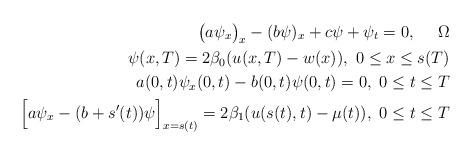
LaTeX: \begin{align*} \big(a\psi_x\big)_x - (b\psi)_x + c\psi + \psi_t = 0,\quad~\Omega \\ \psi(x, T) = 2\beta_0(u(x, T) - w(x)),~0 \leq x \leq s(T) \\ a(0, t)\psi_x(0, t) - b(0, t)\psi(0, t)=0,~0 \leq t \leq T \\ \Big[a\psi_x - (b + s'(t))\psi\Big]_{x=s(t)} = 2\beta_1(u(s(t), t) - \mu(t)), ~0 \leq t \leq T \end{align*}